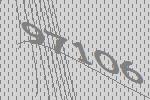
97106